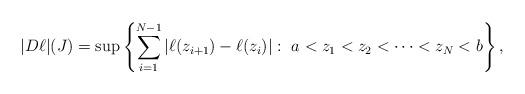
LaTeX: \begin{align*}|D\ell| (J) = \sup \left\{ \sum_{i=1}^{N-1} | \ell(z_{i+1}) - \ell(z_{i})|: \ a< z_{1} < z_{2}< \cdots < z_{N} <b \right\},\end{align*}